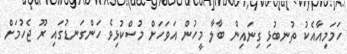
ހަމަމިއާއެކު ތުނބުޅި ގިނައިން ބާލާ މީހުން އަވަހަށް މުސްކުޅިވެ ހަންގަނޑުގައި ރޫ ޖެހުމަށް